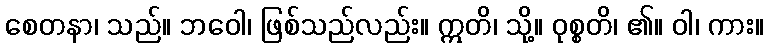
စေတနာ၊ သည်။ ဘဝေါ၊ ဖြစ်သည်လည်း။ ဣတိ၊ သို့။ ဝုစ္စတိ၊ ၏။ ဝါ၊ ကား။